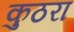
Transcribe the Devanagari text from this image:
कुठरा